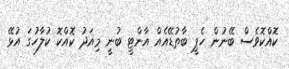
ކޮއްކޮވެސް ބޭނުން ހެޕީ ބާތުޑޭއެއް އާންޓީ ބުނީ މިއަދު ކޮއްކޮ ކުލާހުގަ އުޅޭ